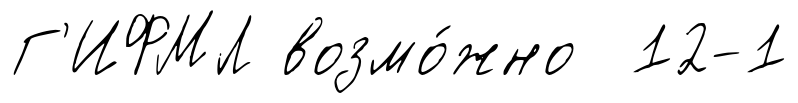
Г'ИФМЛ возмо́жно 12-1